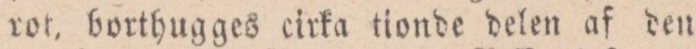
rot, borthugges cirka tionde delen af den